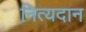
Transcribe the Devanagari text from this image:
नित्यदान